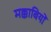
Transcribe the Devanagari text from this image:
मक्काबियों